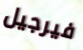
فيرجيل